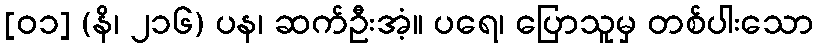
[၀၁] (နိ၊ ၂၁၆) ပန၊ ဆက်ဦးအံ့။ ပရေ၊ ပြောသူမှ တစ်ပါးသော